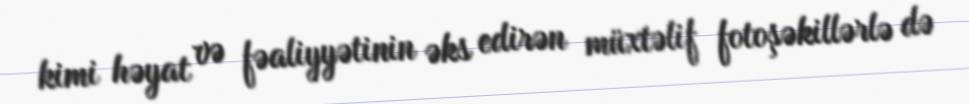
kimi həyat və fəaliyyətinin əks edirən müxtəlif fotoşəkillərlə də